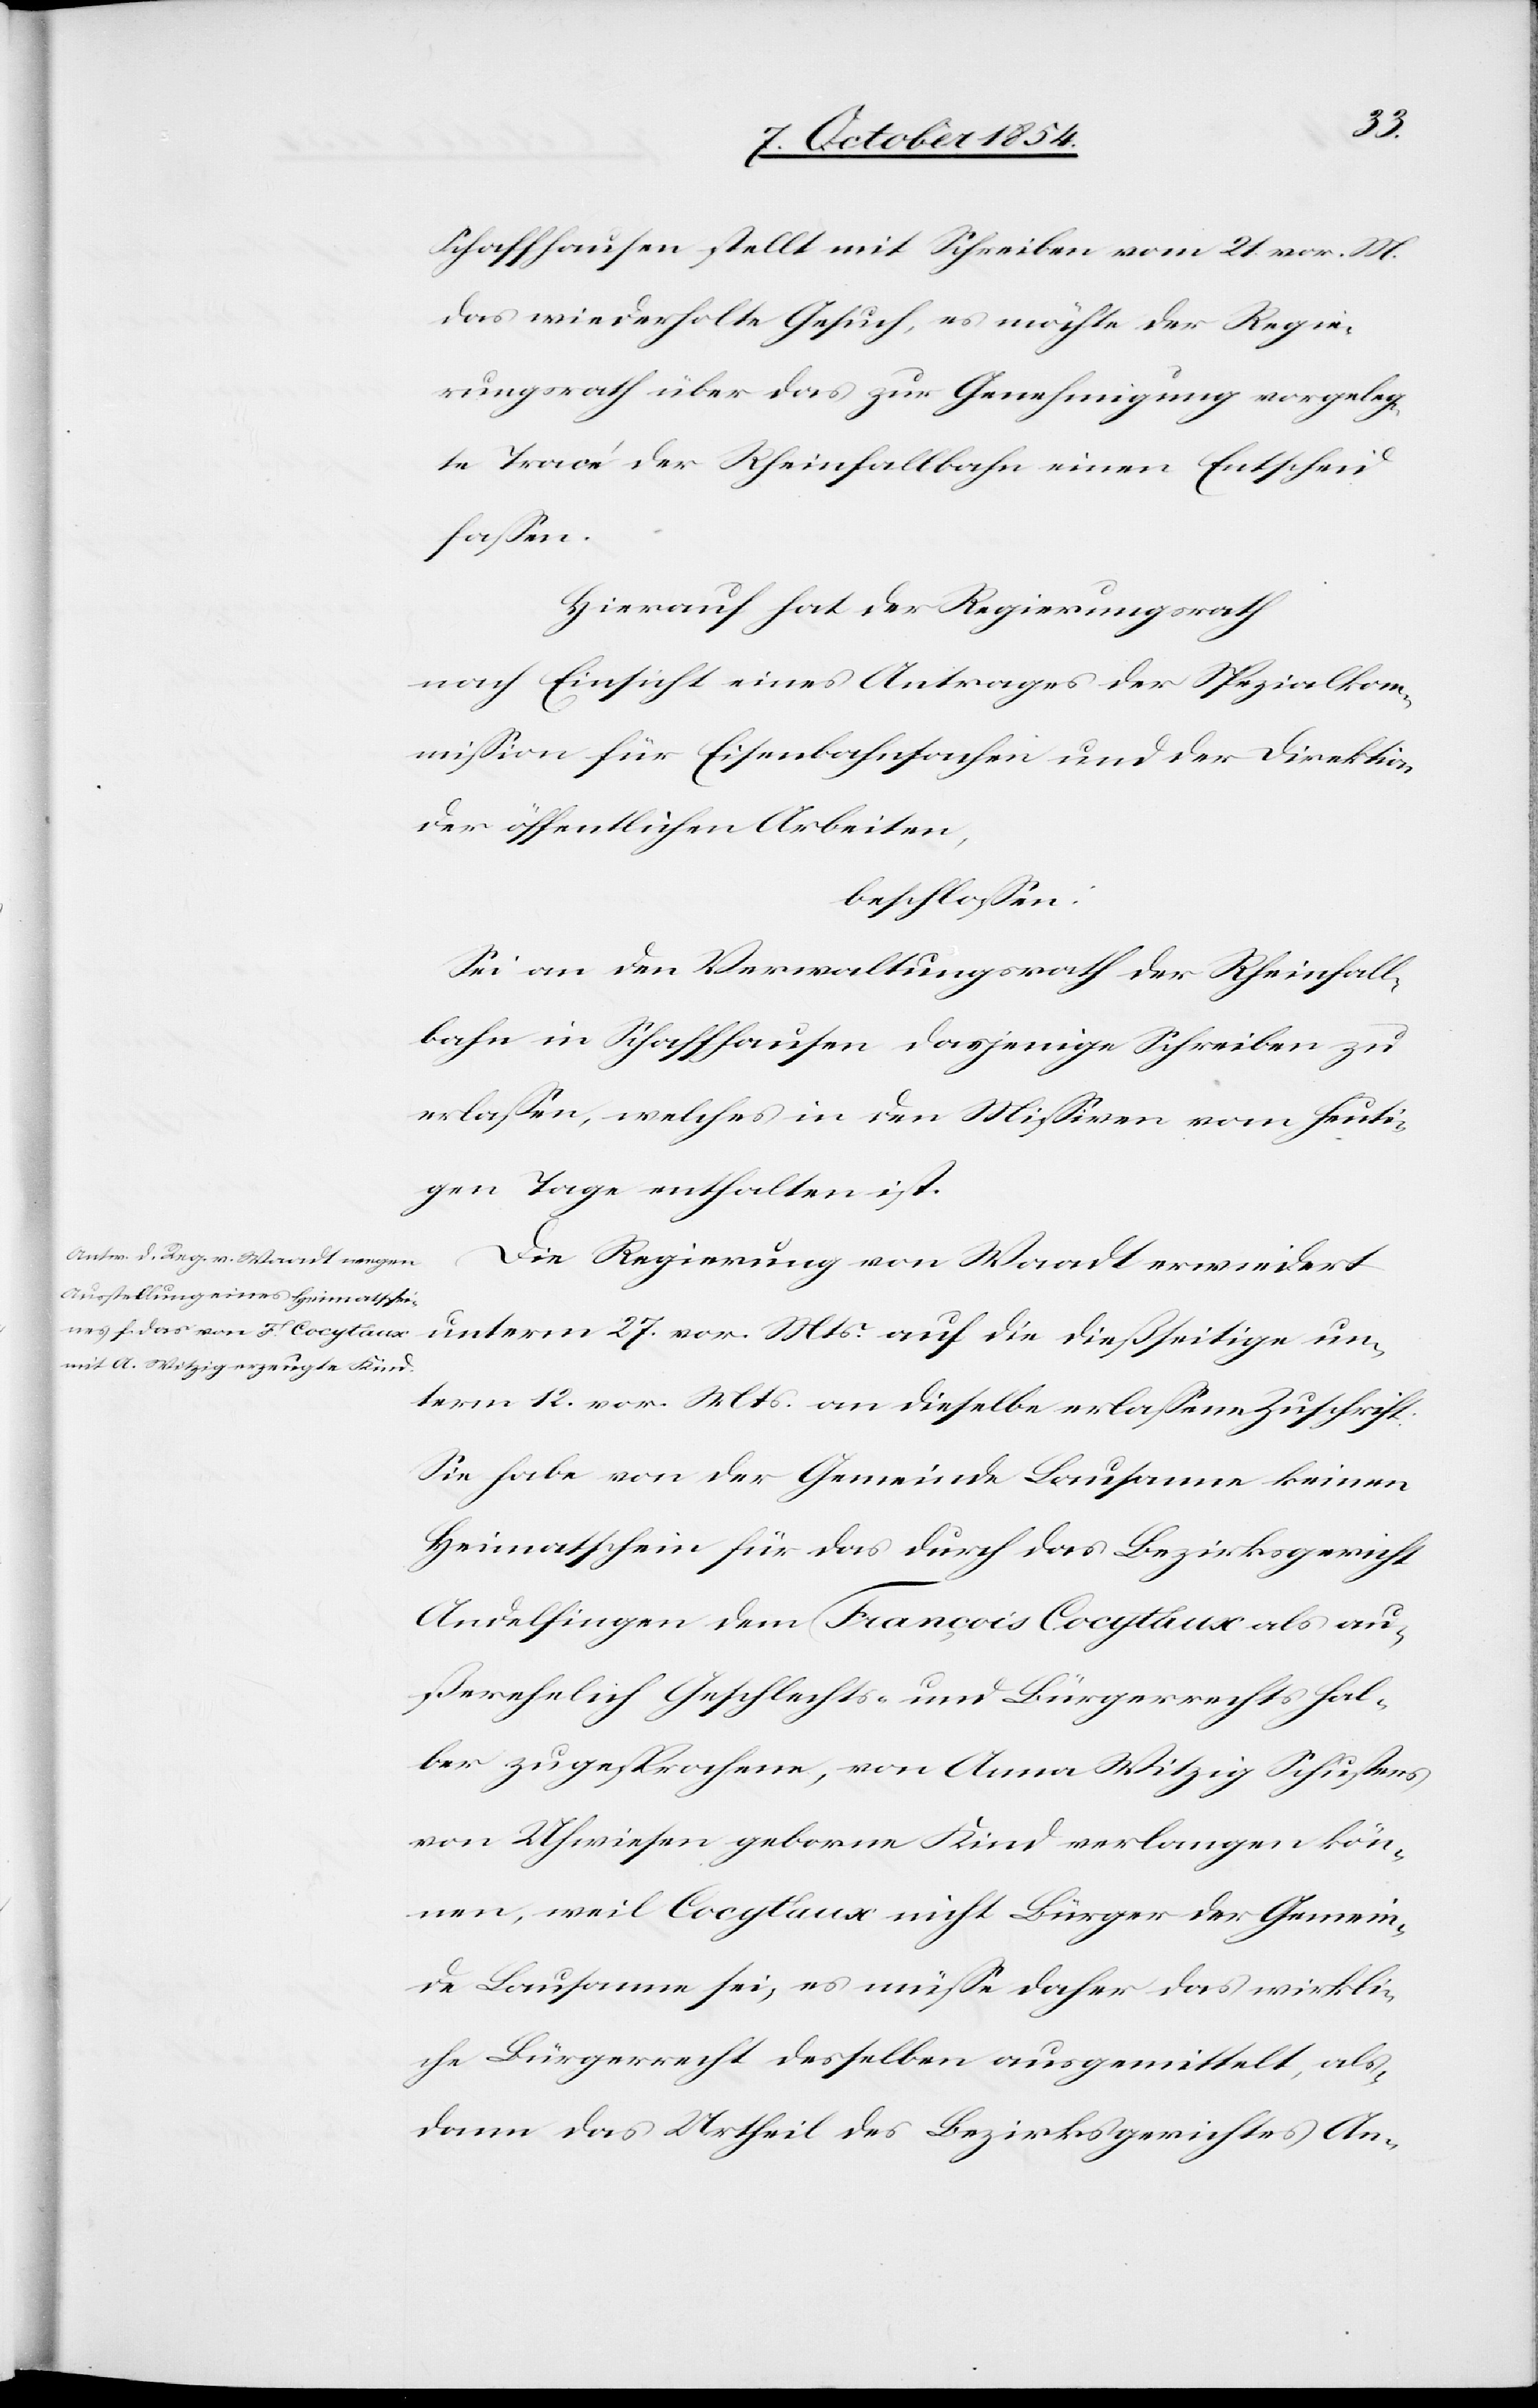
Schaffhausen stellt mit Schreiben vom 21. vor. M.
das wiederholte Gesuch, es möchte der Regie¬
rungsrath über das zur Genehmigung vorgeleg¬
te Tracé der Rheinfallbahn einen Entscheid
faßen.
Hierauf hat der Regierungsrath
nach Einsicht eines Antrages der Spezialkom¬
mißion für Eisenbahnsachen und der Direktion
der öffentlichen Arbeiten,
beschloßen:
Sei an den Verwaltungsrath der Rheinfall¬
bahn in Schaffhausen dasjenige Schreiben zur
erlaßen, welches in den Mißiven vom heuti¬
gen Tage enthalten ist.
Die Regierung von Waadt erwiedert
unterm 27. vor. Mts. auf die dießeitige un¬
term 12. vor. Mts. an dieselbe erlaßene Zuschrift:
Sie habe von der Gemeinde Lausanne keinen
Heimathschein für das durch das Bezirksgericht
Andelfingen dem François Cocytaux als au¬
ßerehelich Gesellschafts- und Bürgerrechtshal¬
ber zugesprochene, von Anna Witzig Schusters
von Uhwiesen geborne Kind verlangen kön¬
nen, weil Cocytaux nicht Bürger der Gemein¬
de Lausanne sei, es müße daher das wirkli¬
che Bürgerrecht desselben ausgemittelt, als¬
dann das Urtheil des Bezirksgerichtes An-